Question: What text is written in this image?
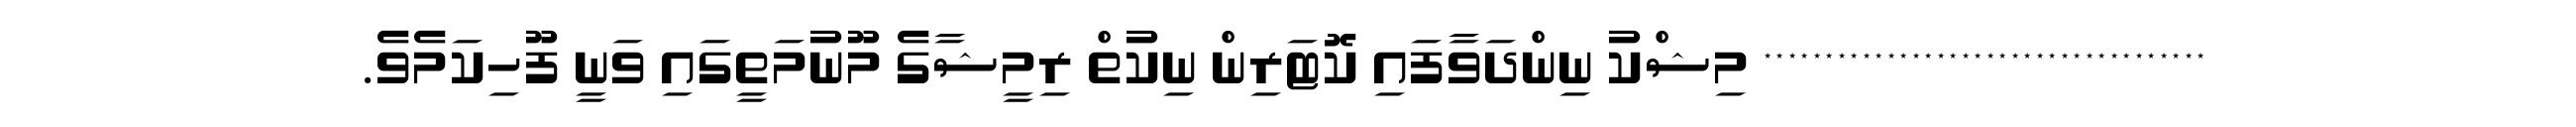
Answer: ************************************ މިޝްކު ނިންދަވާފައި ކޮޓަރިން ނިކުތް ރިމީޝާގެ މޫނުމަތީގައި ވަނީ ފޫހިކަމެވެ.